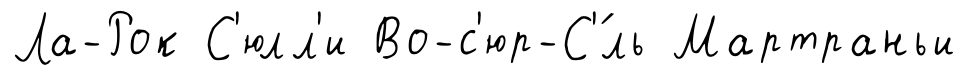
Ла-Рок С'юлл'и Во-с'юр-С'́ль Мартраньи